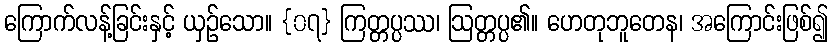
ကြောက်လန့်ခြင်းနှင့် ယှဉ်သော။ {၀၇} ကြတ္တပ္ပဿ၊ ဩတ္တပ္ပ၏။ ဟေတုဘူတေန၊ အကြောင်းဖြစ်၍